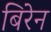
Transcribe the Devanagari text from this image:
बिरेन